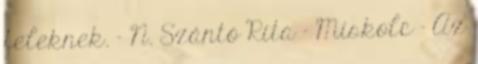
feleknek. – N. Szántó Rita – Miskolc – Az